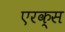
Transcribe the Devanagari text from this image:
एरक्स